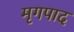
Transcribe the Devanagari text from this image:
मृगपाद